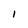
Character: I